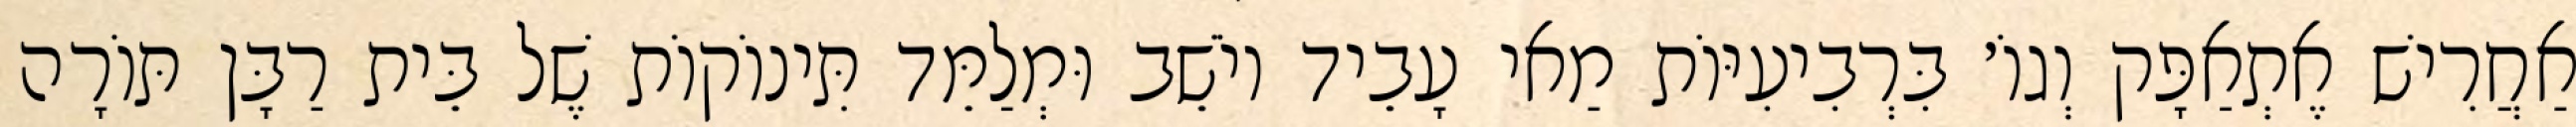
אַחֲרִישׁ אֶתְאַפָּק וְגוֹ׳ בִּרְבִיעִיּוֹת מַאי עָבֵיד יוֹשֵׁב וּמְלַמֵּד תִּינוֹקוֹת שֶׁל בֵּית רַבָּן תּוֹרָה